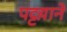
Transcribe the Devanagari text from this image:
पट्टय़ाने